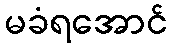
မခံရအောင်